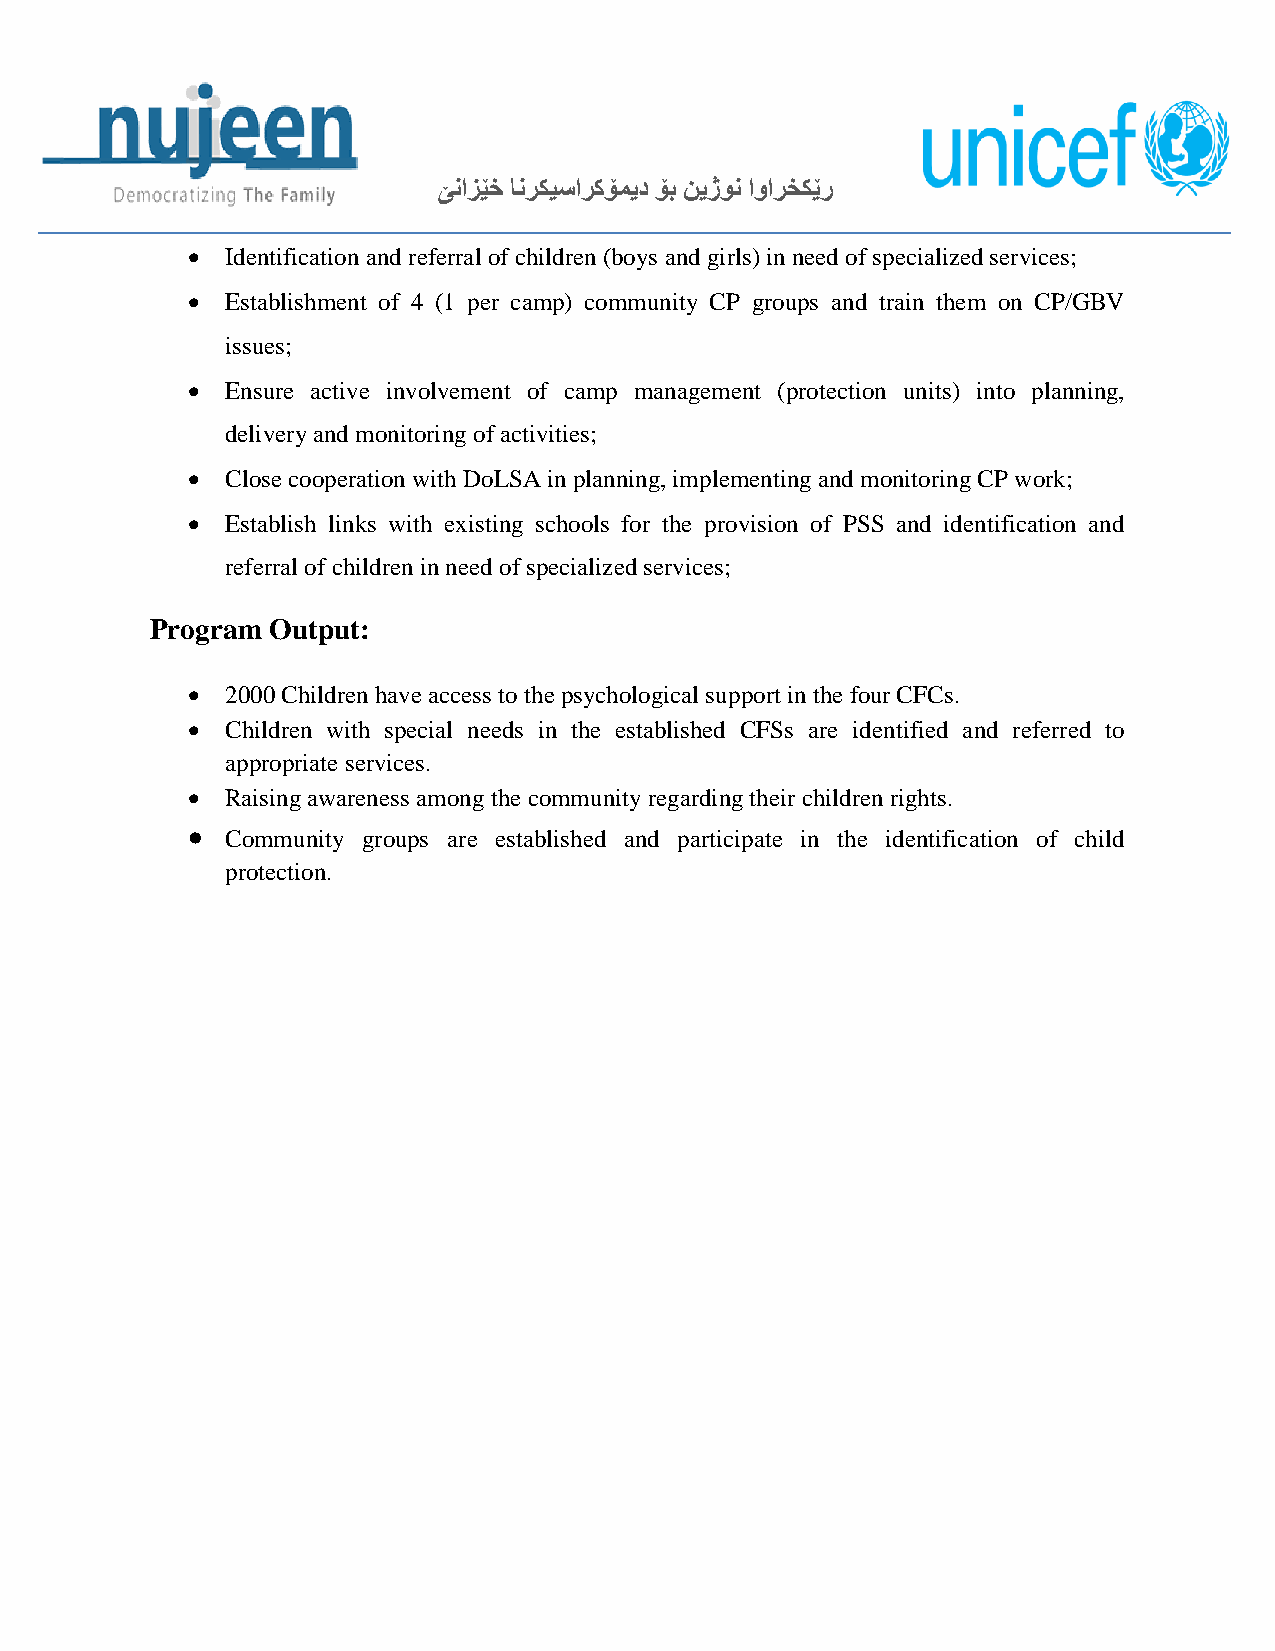
ێنازێخ انركيساركۆميد ۆب نيژون اوارخكێر
   Identification and referral of children (boys and girls) in need of specialized services;
   Establishment of 4 (1 per camp) community CP groups and train them on CP/GBV
 issues;
   Ensure active involvement of camp management (protection units) into planning,
 delivery and monitoring of activities;
   Close cooperation with DoLSA in planning, implementing and monitoring CP work;
   Establish links with existing schools for the provision of PSS and identification and
 referral of children in need of specialized services;
 Program Output:
   2000 Children have access to the psychological support in the four CFCs.
   Children with special needs in the established CFSs are identified and referred to
 appropriate services.
   Raising awareness among the community regarding their children rights.
   Community groups are established and participate in the identification of child
 protection.